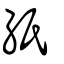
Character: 帋